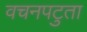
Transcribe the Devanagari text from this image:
वचनपटुता